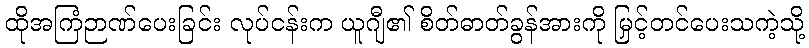
ထိုအကြံဉာဏ်ပေးခြင်း လုပ်ငန်းက ယူဂျီ၏ စိတ်ဓာတ်ခွန်အားကို မြှင့်တင်ပေးသကဲ့သို့